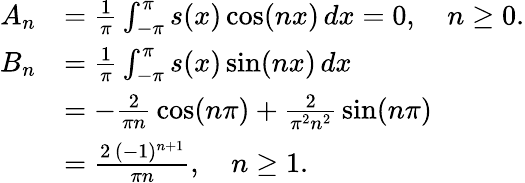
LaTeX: {\begin{array}{rl}{A_{n}}&{={\frac{1}{\pi}}\int_{-\pi}^{\pi}s(x)\cos(nx)\, dx=0,\quad n\geq 0.}\\ {B_{n}}&{={\frac{1}{\pi}}\int_{-\pi}^{\pi}s(x)\sin(nx)\, dx}\\ &{=-{\frac{2}{\pi n}}\cos(n\pi)+{\frac{2}{\pi^{2}n^{2}}}\sin(n\pi)}\\ &{={\frac{2\, (-1)^{n+1}}{\pi n}},\quad n\geq 1.}\end{array}}